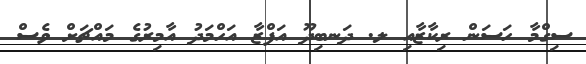
ސިގްމާ ހަސަން ރިކާޒާއި ލ. ދަނބިދޫ އަފްޒާ އަހްމަދު އާމިރުގެ މައްޗަށް ވެސް